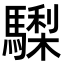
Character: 𩦀